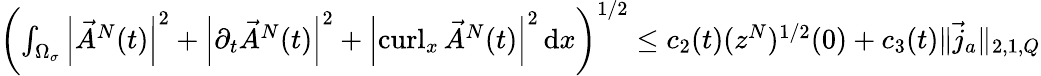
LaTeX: \begin{array}{r}{\left(\int_{\Omega_{\sigma}}\left\lvert{\vec{A}^{N}(t)}\right\rvert^{2}+\left\lvert{\partial_{t}\vec{A}^{N}(t)}\right\rvert^{2}+\left\lvert{\operatorname{curl}_{x}\vec{A}^{N}(t)}\right\rvert^{2}\, \mathrm dx\right)^{1/2}\leq c_{2}(t)(z^{N})^{1/2}(0)+c_{3}(t)\| \vec{j}_{a}\| _{2,1,Q}}\end{array}